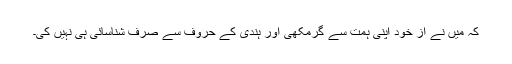
کہ میں نے از خود اپنی ہمت سے گرمکھی اور ہندی کے حروف سے صرف شناسائی ہی نہیں کی۔